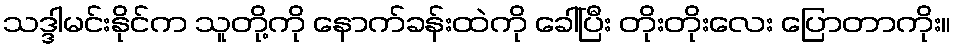
သဒ္ဒါမင်းနိုင်က သူတို့ကို နောက်ခန်းထဲကို ခေါ်ပြီး တိုးတိုးလေး ပြောတာကိုး။